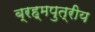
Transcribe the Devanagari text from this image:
ब्रह्मपुत्रीय